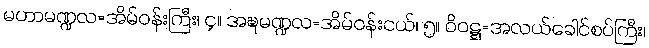
မဟာမဏ္ဍလ=အိမ်ဝန်းကြီး၊ ၄။ အဍ္ဎမဏ္ဍလ=အိမ်ဝန်းငယ်၊ ၅။ ဝိဝဋ္ဋ=အလယ်ခေါင်စပ်ကြီး၊